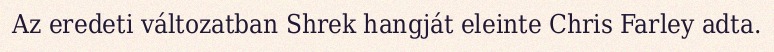
Az eredeti változatban Shrek hangját eleinte Chris Farley adta.